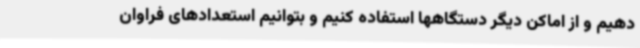
دهیم و از اماکن دیگر دستگاهها استفاده کنیم و بتوانیم استعدادهای فراوان